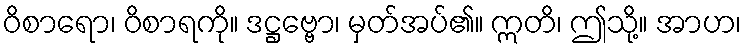
ဝိစာရော၊ ဝိစာရကို။ ဒဋ္ဌဗ္ဗော၊ မှတ်အပ်၏။ ဣတိ၊ ဤသို့။ အာဟ၊